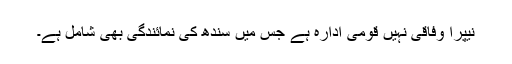
نیپرا وفاقی نہیں قومی ادارہ ہے جس میں سندھ کی نمائندگی بھی شامل ہے۔